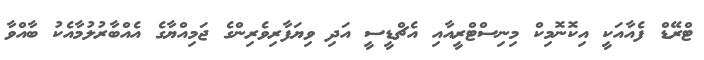
ޓްރޭޑް ފެއާއަކީ އިކޮނޮމިކް މިނިސްޓްރީއާއި އެޗްޑީސީ އަދި ވިޔަފާރިވެރިންގެ ޖަމިއްޔާގެ އެއްބާރުލުމާއެކު ބާއްވާ